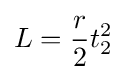
L={\frac {r}{2}}t_{2}^{2}